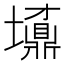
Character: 𡓀